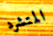
المتشرد